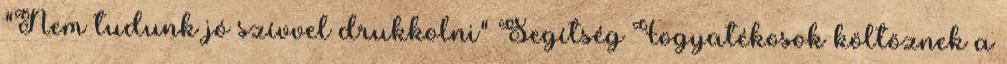
"Nem tudunk jó szívvel drukkolni" Segítség Fogyatékosok költöznek a